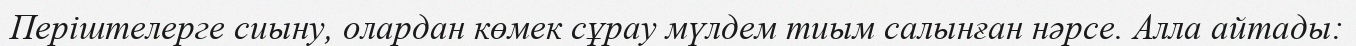
Періштелерге сиыну, олардан көмек сұрау мүлдем тиым салынған нәрсе. Алла айтады: